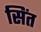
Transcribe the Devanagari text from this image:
सिंत